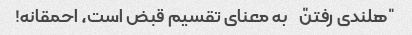
"هلندی رفتن" به معنای تقسیم قبض است، احمقانه!